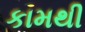
કામથી